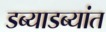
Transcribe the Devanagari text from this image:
डब्याडब्यांत